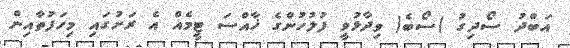
އަބްދު ސޯދިގު )ސޯބެ( ވިދާޅުވީ ފުލުހުންގެ ޚާއްސަ ޓީމެއް އެ ރަށުގައި މިހަފުތާއިން